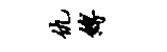
仇缚